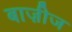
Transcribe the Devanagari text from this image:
बाज़ीज